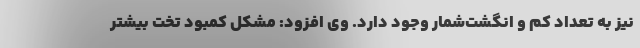
نیز به تعداد کم و انگشت‌شمار وجود دارد. وی افزود: مشکل کمبود تخت بیشتر